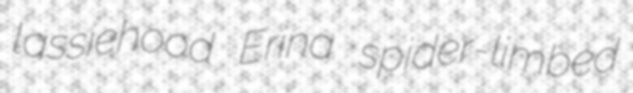
lassiehood Erina spider-limbed